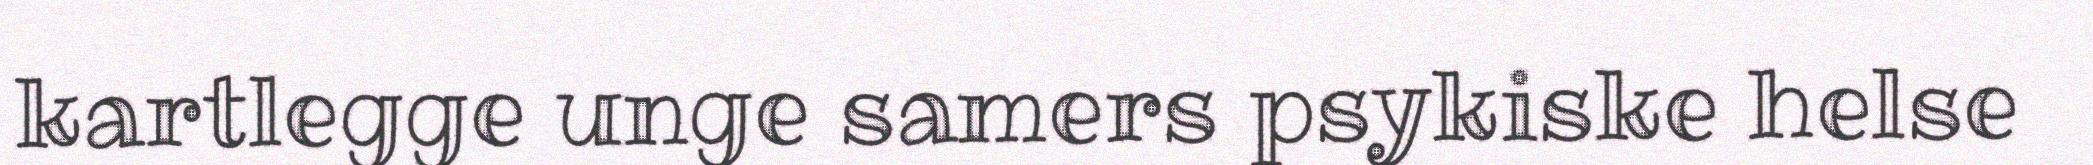
kartlegge unge samers psykiske helse